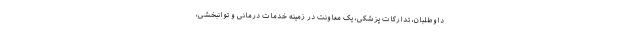
داوطلبان، تدارکات پزشکی، یک معاونت در زمینه خدمات درمانی و توانبخشی،